Indian Civil Veterinary Department memoirs
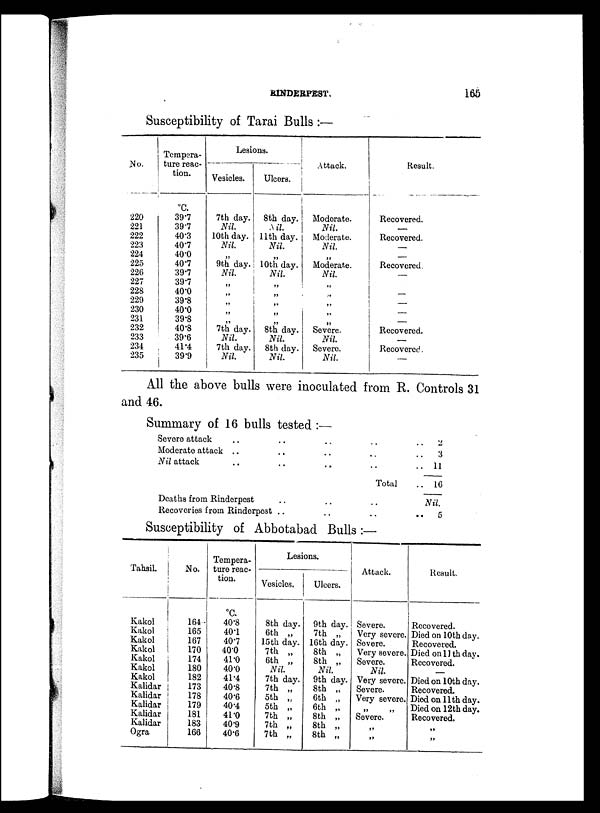
RINDERPEST
166
Susceptibility of Tarai Bulls :—
No.
220
221
222
223
224
225
226
227
228
229
230
231
232
233
234
235
Tempera-
ture reac-
tion.
ºC.
39.7
39.7
40.3
40.7
40.0
40.7
39.7
39.7
40.0
39.8
40.0
39.8
40.8
39.6
41.4
39.9
Lesions.
Vesicles.
7th day.
Nil.
10th day.
Nil.
„
9th day.
Nil.
„
„
„
„
„
7th day.
Nil.
7th day.
Nil
Ulcers.
8th day.
Nil.
11th day.
Nil.
„
10th day.
Nil.
„
„
„
„
„
8th day.
Nil.
8th day.
Nil.
Attack.
Moderate.
Nil.
Moderate.
Nil.
„
Moderate.
Nil.
„
„
„
„
„
Severe.
Nil
Severe.
Nil.
Result.
Recovered.
—
Recovered.
—
—
Recovered.
—
—
—
—
—
Recovered.
—
Recovered.
—
All the above bulls were inoculated from R. Controls 31
and 46.
Summary of 16 bulls tested:—
Severe attack
Moderate attack . .
Nil attack
Deaths from Rinderpest
Recoveries from Rinderpest
. .
. .
..
..
..
..
. .
. .
..
..
..
..
..
Total
..
..
.. 2
.. 3
.. 11
.. 16
Nil.
..
5
Susceptibility of Abbotabad Bulls:—
Tahsil.
Kakol
Kakol
Kakol
Kakol
Kakol
Kakol
Kakol
Kalidar
Kalidar
Kalidar
Kalidar
Kalidar
Ogra
No.
164
165
167
170
174
180
182
173
178
179
181
183
166
Tempera-
ture reac-
tion.
ºC.
40.8
40.1
40.7
40.0
41.0
40.0
41.4
40.8
40.6
40.4
41.0
40.9
40.6
Lesions.
Vesicles.
8th day.
6th „
15th day.
7th „
6th „
Nil
7th day.
7th „
5th „
5th „
7th „
7th „
7th „
Ulcers.
9th day.
7th „
16th day.
8th „
8th „
Nil
9th day.
8th „
6th „
6th „
8th „
8th „
8th „
Attack.
Severe.
Very severe.
Severe.
Very severe.
Severe.
Nil.
Very severe.
Severe.
Very severe.
„ „
Severe.
„
„
Result.
Recovered.
Died on 10th day.
Recovered.
Died on 11th day.
Recovered.
—
Died on 10th day.
Recovered.
Died on 11th day.
Died on 12th day.
Recovered.
„
„